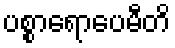
ပစ္စာရောပေမီတိ